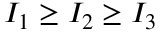
I _ { 1 } \geq I _ { 2 } \geq I _ { 3 }